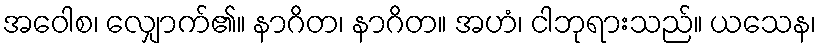
အဝေါစ၊ လျှောက်၏။ နာဂိတ၊ နာဂိတ။ အဟံ၊ ငါဘုရားသည်။ ယသေန၊